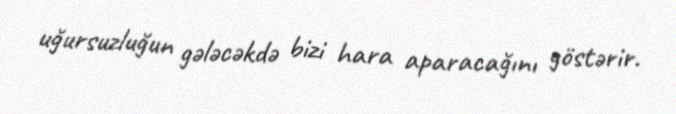
uğursuzluğun gələcəkdə bizi hara aparacağını göstərir.